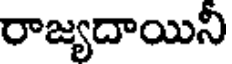
రాజ్యదాయినీ